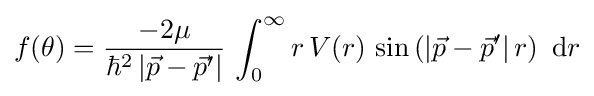
f(\theta )={\frac {-2\mu }{\hbar ^{2}\left|{\vec {p}}-{\vec {p}}'\right|}}\,\int _{0}^{\infty }r\,V(r)\,\sin \left(\left|{\vec {p}}-{\vec {p}}'\right|r\right)~\mathrm {d} r